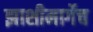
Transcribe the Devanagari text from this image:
झाशीमार्गेच